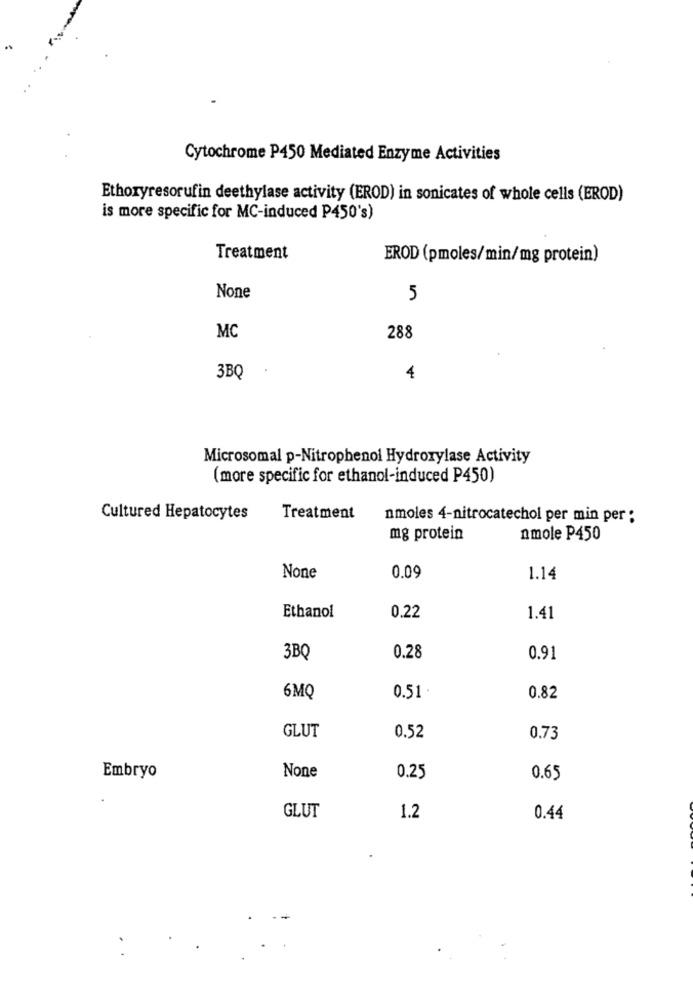
Cytochrome P450 Mediated Enzyme Activities
Ethoxyresorufin deethylase activity (EROD) in sonicates of whole cells (EROD)
is more specific for MC-induced P450's)
Treatment
EROD (pmoles/min/mg protein)
5
MC
288
3BQ
4
Microsomal p-Nitrophenol Hydroxylase Activity
(more specific for ethanol-induced P450)
Cultured Hepatocytes
Treatment
nmoles 4-nitrocatechol per min per :
mg protein
nmole P450
0.09
1.14
Ethanol
0.22
1.41
3BQ
0.28
0.91
0.51.
6MQ
0.82
GLUT
0.52
0.73
Embryo
0.25
0.65
GLUT
1.2
0.44